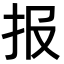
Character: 报